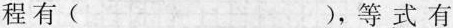
程有( )，等式有